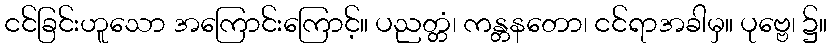
ငင်ခြင်းဟူသော အကြောင်းကြောင့်။ ပညတ္တံ၊ ကန္တနတော၊ ငင်ရာအခါမှ။ ပုဗ္ဗေ၊ ၌။